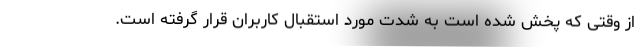
از وقتی که پخش شده است به شدت مورد استقبال کاربران قرار گرفته است.